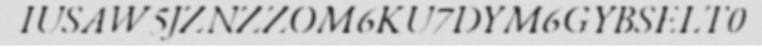
IUSAW5JZNZZOM6KU7DYM6GYBSELT0